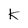
Character: k